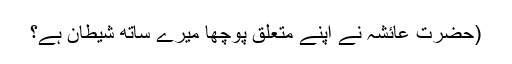
(حضرت عائشہؓ نے اپنے متعلق پوچھا میرے ساتھ شیطان ہے؟